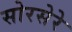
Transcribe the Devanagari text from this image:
सोरसेरे